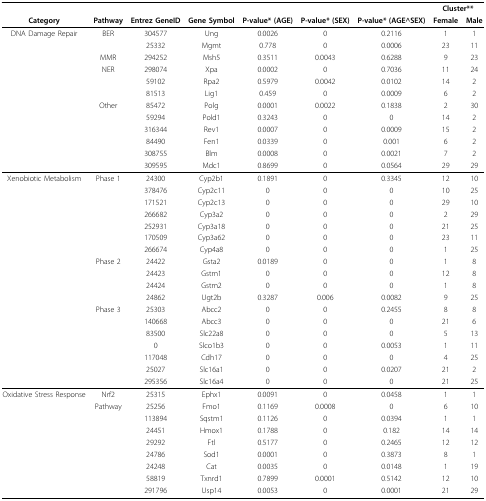
<table><thead><tr><td></td><td></td><td></td><td></td><td></td><td></td><td></td><td colspan="2"><b>Cluster**</b></td></tr><tr><td><b>Category</b></td><td><b>Pathway</b></td><td><b>Entrez GeneID</b></td><td><b>Gene Symbol</b></td><td><b>P-value* (AGE)</b></td><td><b>P-value* (SEX)</b></td><td><b>P-value* (AGE^SEX)</b></td><td><b>Female</b></td><td><b>Male</b></td></tr></thead><tbody><tr><td>DNA Damage Repair</td><td>BER</td><td>304577</td><td>Ung</td><td>0.0026</td><td>0</td><td>0.2116</td><td>1</td><td>1</td></tr><tr><td></td><td></td><td>25332</td><td>Mgmt</td><td>0.778</td><td>0</td><td>0.0006</td><td>23</td><td>11</td></tr><tr><td></td><td>MMR</td><td>294252</td><td>Msh5</td><td>0.3511</td><td>0.0043</td><td>0.6288</td><td>9</td><td>23</td></tr><tr><td></td><td>NER</td><td>298074</td><td>Xpa</td><td>0.0002</td><td>0</td><td>0.7036</td><td>11</td><td>24</td></tr><tr><td></td><td></td><td>59102</td><td>Rpa2</td><td>0.5979</td><td>0.0042</td><td>0.0102</td><td>14</td><td>2</td></tr><tr><td></td><td></td><td>81513</td><td>Lig1</td><td>0.459</td><td>0</td><td>0.0009</td><td>6</td><td>2</td></tr><tr><td></td><td>Other</td><td>85472</td><td>Polg</td><td>0.0001</td><td>0.0022</td><td>0.1838</td><td>2</td><td>30</td></tr><tr><td></td><td></td><td>59294</td><td>Pold1</td><td>0.3243</td><td>0</td><td>0</td><td>14</td><td>2</td></tr><tr><td></td><td></td><td>316344</td><td>Rev1</td><td>0.0007</td><td>0</td><td>0.0009</td><td>15</td><td>2</td></tr><tr><td></td><td></td><td>84490</td><td>Fen1</td><td>0.0339</td><td>0</td><td>0.001</td><td>6</td><td>2</td></tr><tr><td></td><td></td><td>308755</td><td>Blm</td><td>0.0008</td><td>0</td><td>0.0021</td><td>7</td><td>2</td></tr><tr><td></td><td></td><td>309595</td><td>Mdc1</td><td>0.8699</td><td>0</td><td>0.0564</td><td>29</td><td>29</td></tr><tr><td>Xenobiotic Metabolism</td><td>Phase 1</td><td>24300</td><td>Cyp2b1</td><td>0.1891</td><td>0</td><td>0.3345</td><td>12</td><td>10</td></tr><tr><td></td><td></td><td>378476</td><td>Cyp2c11</td><td>0</td><td>0</td><td>0</td><td>10</td><td>25</td></tr><tr><td></td><td></td><td>171521</td><td>Cyp2c13</td><td>0</td><td>0</td><td>0</td><td>29</td><td>10</td></tr><tr><td></td><td></td><td>266682</td><td>Cyp3a2</td><td>0</td><td>0</td><td>0</td><td>2</td><td>29</td></tr><tr><td></td><td></td><td>252931</td><td>Cyp3a18</td><td>0</td><td>0</td><td>0</td><td>21</td><td>25</td></tr><tr><td></td><td></td><td>170509</td><td>Cyp3a62</td><td>0</td><td>0</td><td>0</td><td>23</td><td>11</td></tr><tr><td></td><td></td><td>266674</td><td>Cyp4a8</td><td>0</td><td>0</td><td>0</td><td>1</td><td>25</td></tr><tr><td></td><td>Phase 2</td><td>24422</td><td>Gsta2</td><td>0.0189</td><td>0</td><td>0</td><td>1</td><td>8</td></tr><tr><td></td><td></td><td>24423</td><td>Gstm1</td><td>0</td><td>0</td><td>0</td><td>12</td><td>8</td></tr><tr><td></td><td></td><td>24424</td><td>Gstm2</td><td>0</td><td>0</td><td>0</td><td>1</td><td>8</td></tr><tr><td></td><td></td><td>24862</td><td>Ugt2b</td><td>0.3287</td><td>0.006</td><td>0.0082</td><td>9</td><td>25</td></tr><tr><td></td><td>Phase 3</td><td>25303</td><td>Abcc2</td><td>0</td><td>0</td><td>0.2455</td><td>8</td><td>8</td></tr><tr><td></td><td></td><td>140668</td><td>Abcc3</td><td>0</td><td>0</td><td>0</td><td>21</td><td>6</td></tr><tr><td></td><td></td><td>83500</td><td>Slc22a8</td><td>0</td><td>0</td><td>0</td><td>5</td><td>13</td></tr><tr><td></td><td></td><td>0</td><td>Slco1b3</td><td>0</td><td>0</td><td>0.0053</td><td>1</td><td>11</td></tr><tr><td></td><td></td><td>117048</td><td>Cdh17</td><td>0</td><td>0</td><td>0</td><td>4</td><td>25</td></tr><tr><td></td><td></td><td>25027</td><td>Slc16a1</td><td>0</td><td>0</td><td>0.0207</td><td>21</td><td>2</td></tr><tr><td></td><td></td><td>295356</td><td>Slc16a4</td><td>0</td><td>0</td><td>0</td><td>21</td><td>25</td></tr><tr><td>Oxidative Stress Response</td><td>Nrf2</td><td>25315</td><td>Ephx1</td><td>0.0091</td><td>0</td><td>0.0458</td><td>1</td><td>1</td></tr><tr><td></td><td>Pathway</td><td>25256</td><td>Fmo1</td><td>0.1169</td><td>0.0008</td><td>0</td><td>6</td><td>10</td></tr><tr><td></td><td></td><td>113894</td><td>Sqstm1</td><td>0.1126</td><td>0</td><td>0.0394</td><td>1</td><td>1</td></tr><tr><td></td><td></td><td>24451</td><td>Hmox1</td><td>0.1788</td><td>0</td><td>0.182</td><td>14</td><td>14</td></tr><tr><td></td><td></td><td>29292</td><td>Ftl</td><td>0.5177</td><td>0</td><td>0.2465</td><td>12</td><td>12</td></tr><tr><td></td><td></td><td>24786</td><td>Sod1</td><td>0.0001</td><td>0</td><td>0.3873</td><td>8</td><td>1</td></tr><tr><td></td><td></td><td>24248</td><td>Cat</td><td>0.0035</td><td>0</td><td>0.0148</td><td>1</td><td>19</td></tr><tr><td></td><td></td><td>58819</td><td>Txnrd1</td><td>0.7899</td><td>0.0001</td><td>0.5142</td><td>12</td><td>10</td></tr><tr><td></td><td></td><td>291796</td><td>Usp14</td><td>0.0053</td><td>0</td><td>0.0001</td><td>21</td><td>29</td></tr></tbody></table>